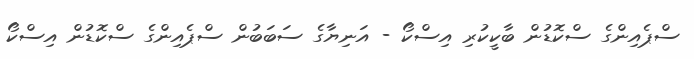
ސްޕެއިންގެ ސްކޮޑުން ބާކީކުރި އިސްކޯ - އަނިޔާގެ ސަބަބުން ސްޕެއިންގެ ސްކޮޑުން އިސްކޯ